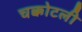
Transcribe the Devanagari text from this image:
चक्कोटली